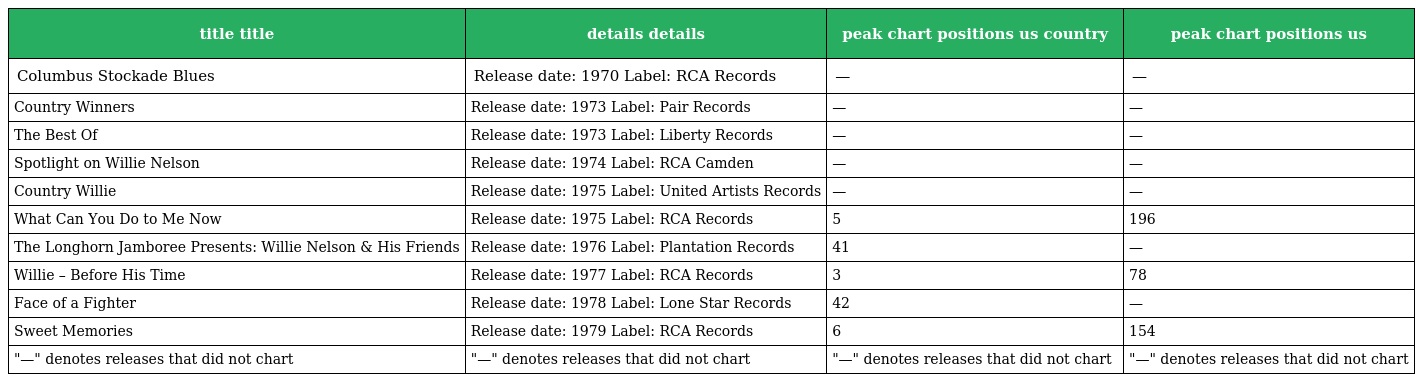
| title title | details details | peak chart positions us country | peak chart positions us |
 | --- | --- | --- | --- |
 | Columbus Stockade Blues | Release date: 1970 Label: RCA Records | — | — |
 | Country Winners | Release date: 1973 Label: Pair Records | — | — |
 | The Best Of | Release date: 1973 Label: Liberty Records | — | — |
 | Spotlight on Willie Nelson | Release date: 1974 Label: RCA Camden | — | — |
 | Country Willie | Release date: 1975 Label: United Artists Records | — | — |
 | What Can You Do to Me Now | Release date: 1975 Label: RCA Records | 5 | 196 |
 | The Longhorn Jamboree Presents: Willie Nelson & His Friends | Release date: 1976 Label: Plantation Records | 41 | — |
 | Willie – Before His Time | Release date: 1977 Label: RCA Records | 3 | 78 |
 | Face of a Fighter | Release date: 1978 Label: Lone Star Records | 42 | — |
 | Sweet Memories | Release date: 1979 Label: RCA Records | 6 | 154 |
 | "—" denotes releases that did not chart | "—" denotes releases that did not chart | "—" denotes releases that did not chart | "—" denotes releases that did not chart |